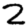
Digit: 2